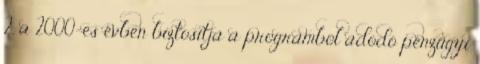
2. a 2000-es évben biztosítja a programból adódó pénzügyi